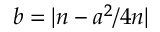
b = | n - a ^ { 2 } / 4 n |